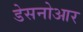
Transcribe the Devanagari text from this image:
डेसनोआर